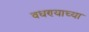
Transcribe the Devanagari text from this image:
वधण्याच्या